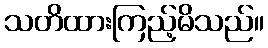
သတိထားကြည့်မိသည်။